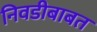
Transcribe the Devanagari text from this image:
निवडीबाबत